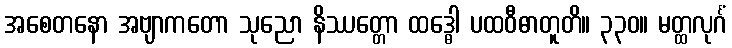
အစေတနော အဗျာကတော သုညော နိဿတ္တော ထဒ္ဓေါ ပထဝီဓာတူတိ။ ၃၃၀။ မတ္ထလုင်္ဂံ